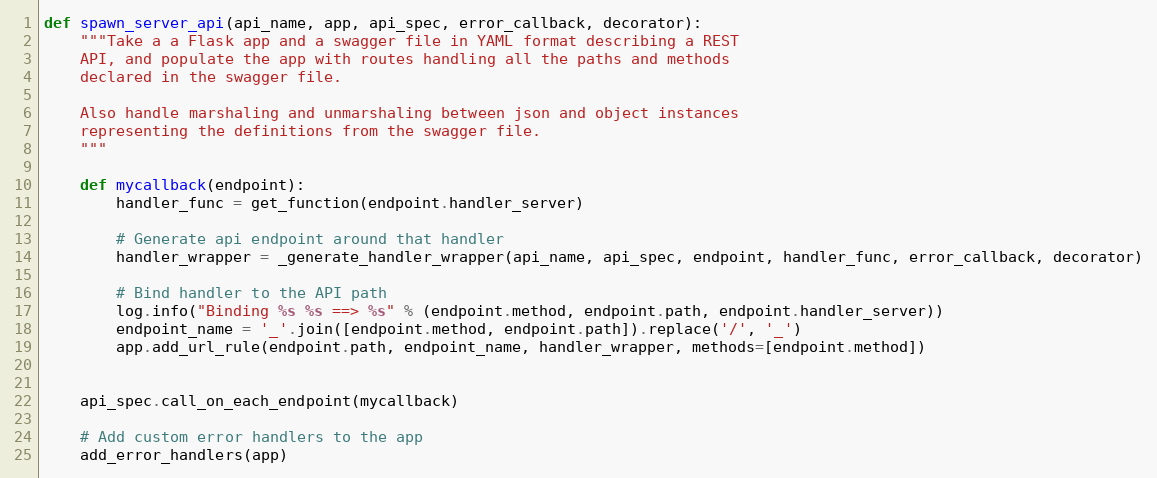
Language: Python
def spawn_server_api(api_name, app, api_spec, error_callback, decorator):
    """Take a a Flask app and a swagger file in YAML format describing a REST
    API, and populate the app with routes handling all the paths and methods
    declared in the swagger file.

    Also handle marshaling and unmarshaling between json and object instances
    representing the definitions from the swagger file.
    """

    def mycallback(endpoint):
        handler_func = get_function(endpoint.handler_server)

        # Generate api endpoint around that handler
        handler_wrapper = _generate_handler_wrapper(api_name, api_spec, endpoint, handler_func, error_callback, decorator)

        # Bind handler to the API path
        log.info("Binding %s %s ==> %s" % (endpoint.method, endpoint.path, endpoint.handler_server))
        endpoint_name = '_'.join([endpoint.method, endpoint.path]).replace('/', '_')
        app.add_url_rule(endpoint.path, endpoint_name, handler_wrapper, methods=[endpoint.method])

    api_spec.call_on_each_endpoint(mycallback)

    # Add custom error handlers to the app
    add_error_handlers(app)